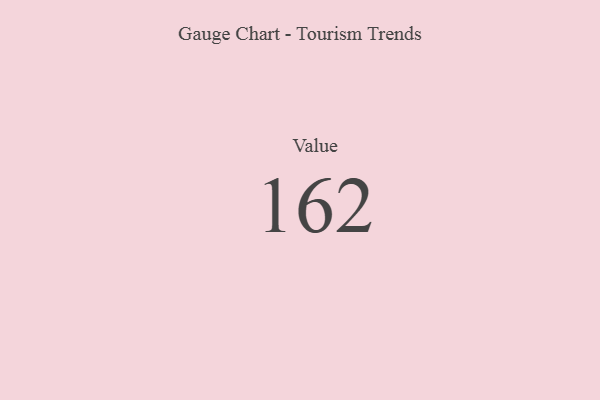
{"axis": {"x": "Metric", "y": "Value"}, "legend": [""], "data": [{"x": "Value", "y": 162, "type": ""}]}